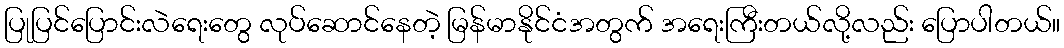
ပြုပြင်ပြောင်းလဲရေးတွေ လုပ်ဆောင်နေတဲ့ မြန်မာနိုင်ငံအတွက် အရေးကြီးတယ်လို့လည်း ပြောပါတယ်။